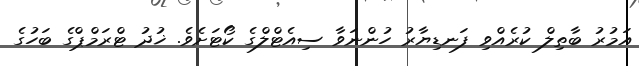
އަމުރު ބާތިލް ކުރެއްވި ފަނޑިޔާރު ހުންނަވާ ސިއެޓްލްގެ ކޯޓަށެވެ. ޚުދު ޓްރަމްޕްގެ ބަހުގެ